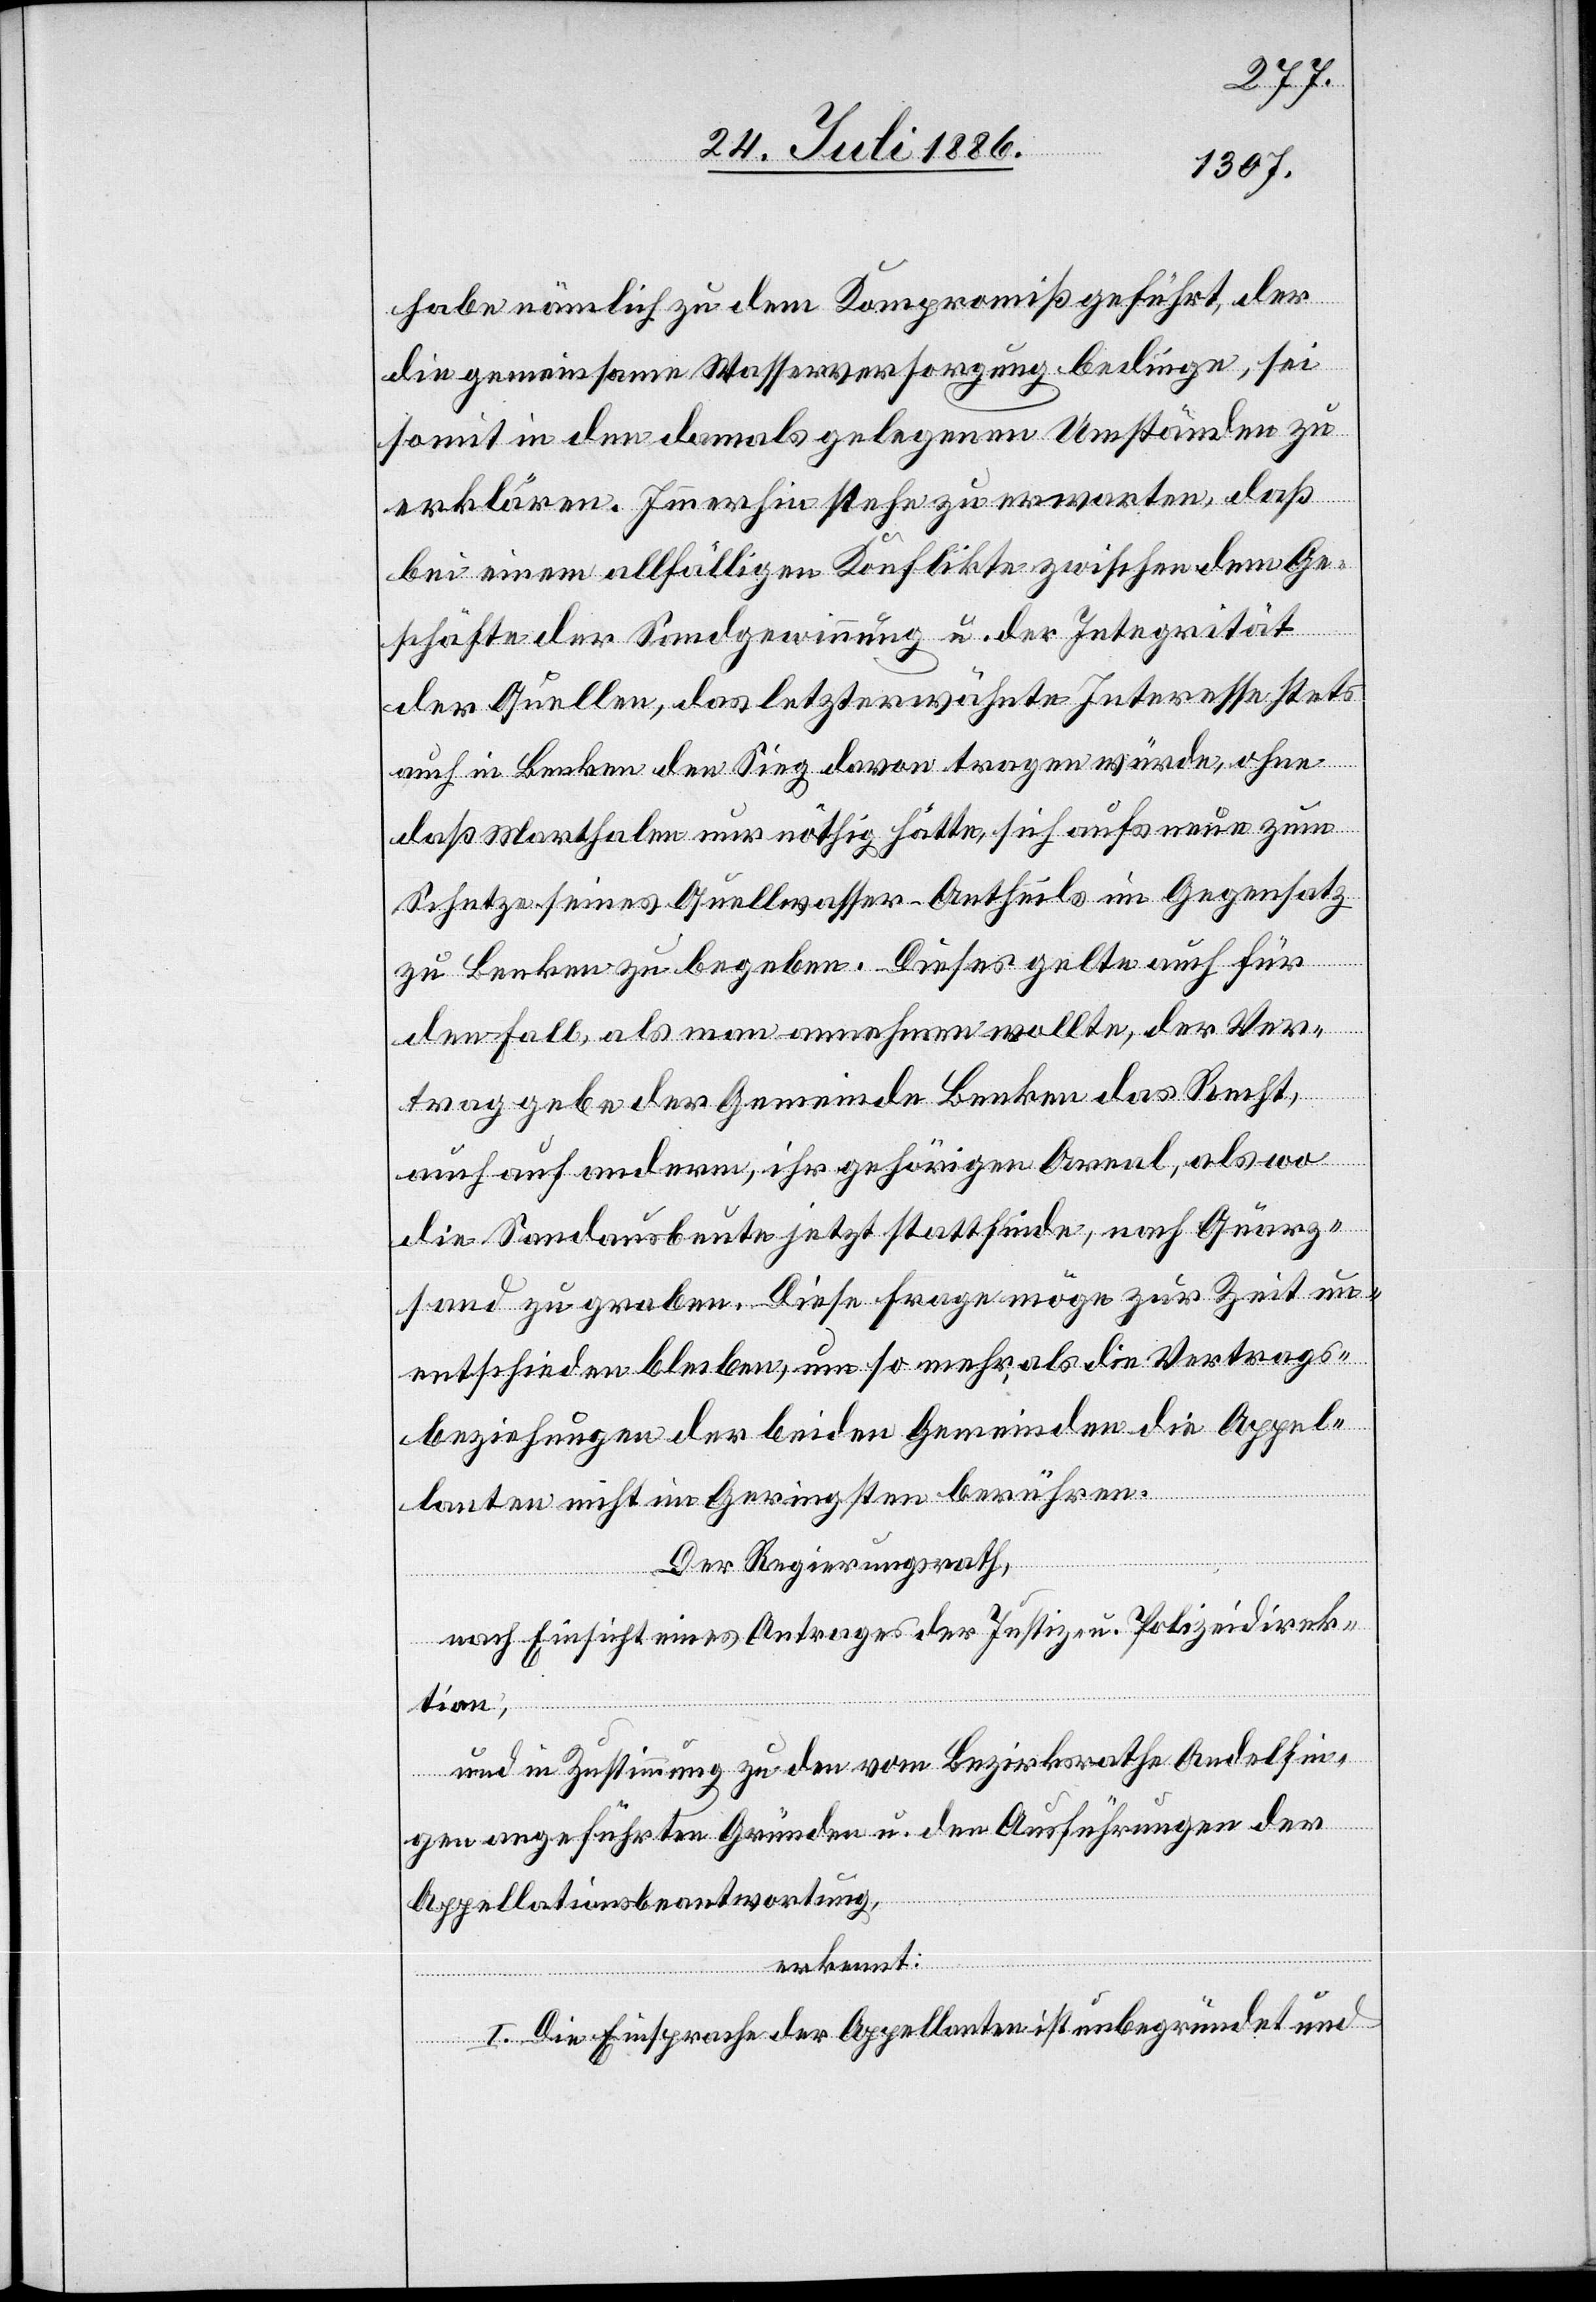
habe nämlich zu dem Kompromiß geführt, der
die gemeinsame Wasserversorgung bedinge, sei
somit in den damals gelegenen Umständen zu
erklären. Immerhin stehe zu erwarten, daß
bei einem allfälligen Konflikte zwischen dem Ge¬
schäfte der Sandgewinnung u. der Integrität
der Quellen, das letzterwähnte Interesse stets
auch in Benken den Sieg davon tragen würde, ohne
daß Marthalen nur nöthig hätte, sich aufs neue zum
Schutze seines Quellwasser-Antheils im Gegensatz
zu Benken zu begeben. Dieses gelte auch für
den Fall, als man annehmen wollte, der Ver¬
trag gebe der Gemeinde Benken das Recht,
auch auf anderm, ihr gehörigen Areal, als wo
die Sandausbeute jetzt stattfinde, nach Quarz¬
sand zu graben. Diese Frage möge zur Zeit un¬
entschieden bleiben, um so mehr als die Vertrags¬
beziehungen der beiden Gemeinden die Appel¬
lanten nicht im Geringsten berühren.
Der Regierungsrath,
nach Einsicht eines Antrages der Justiz- u. Polizeidirek¬
tion,
und in Zustimmung zu den vom Bezirksrathe Andelfin¬
gen angeführten Gründen u. den Ausführungen der
Appellationsbeantwortung,
erkennt:
I. Die Einsprache der Appellanten ist unbegründet und